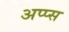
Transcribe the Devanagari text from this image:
अप्प्स